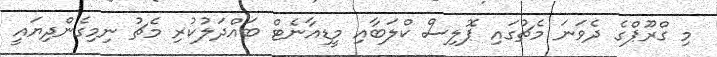
މި ގްރޫޕްގެ ދެވަނަ މެޗުގައި ޕޮލިސް ކްލަބާއި މީޑިއާނެޓް ބައްދަލުކުރި މެޗު ނިމިގެންދިޔައީ